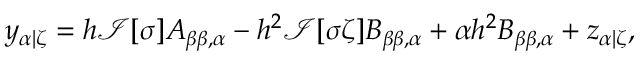
y _ { \alpha | \zeta } = h \mathcal { I } [ \sigma ] A _ { \beta \beta , \alpha } - h ^ { 2 } \mathcal { I } [ \sigma \zeta ] B _ { \beta \beta , \alpha } + \alpha h ^ { 2 } B _ { \beta \beta , \alpha } + z _ { \alpha | \zeta } ,